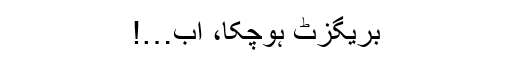
بریگزٹ ہوچکا، اب…!